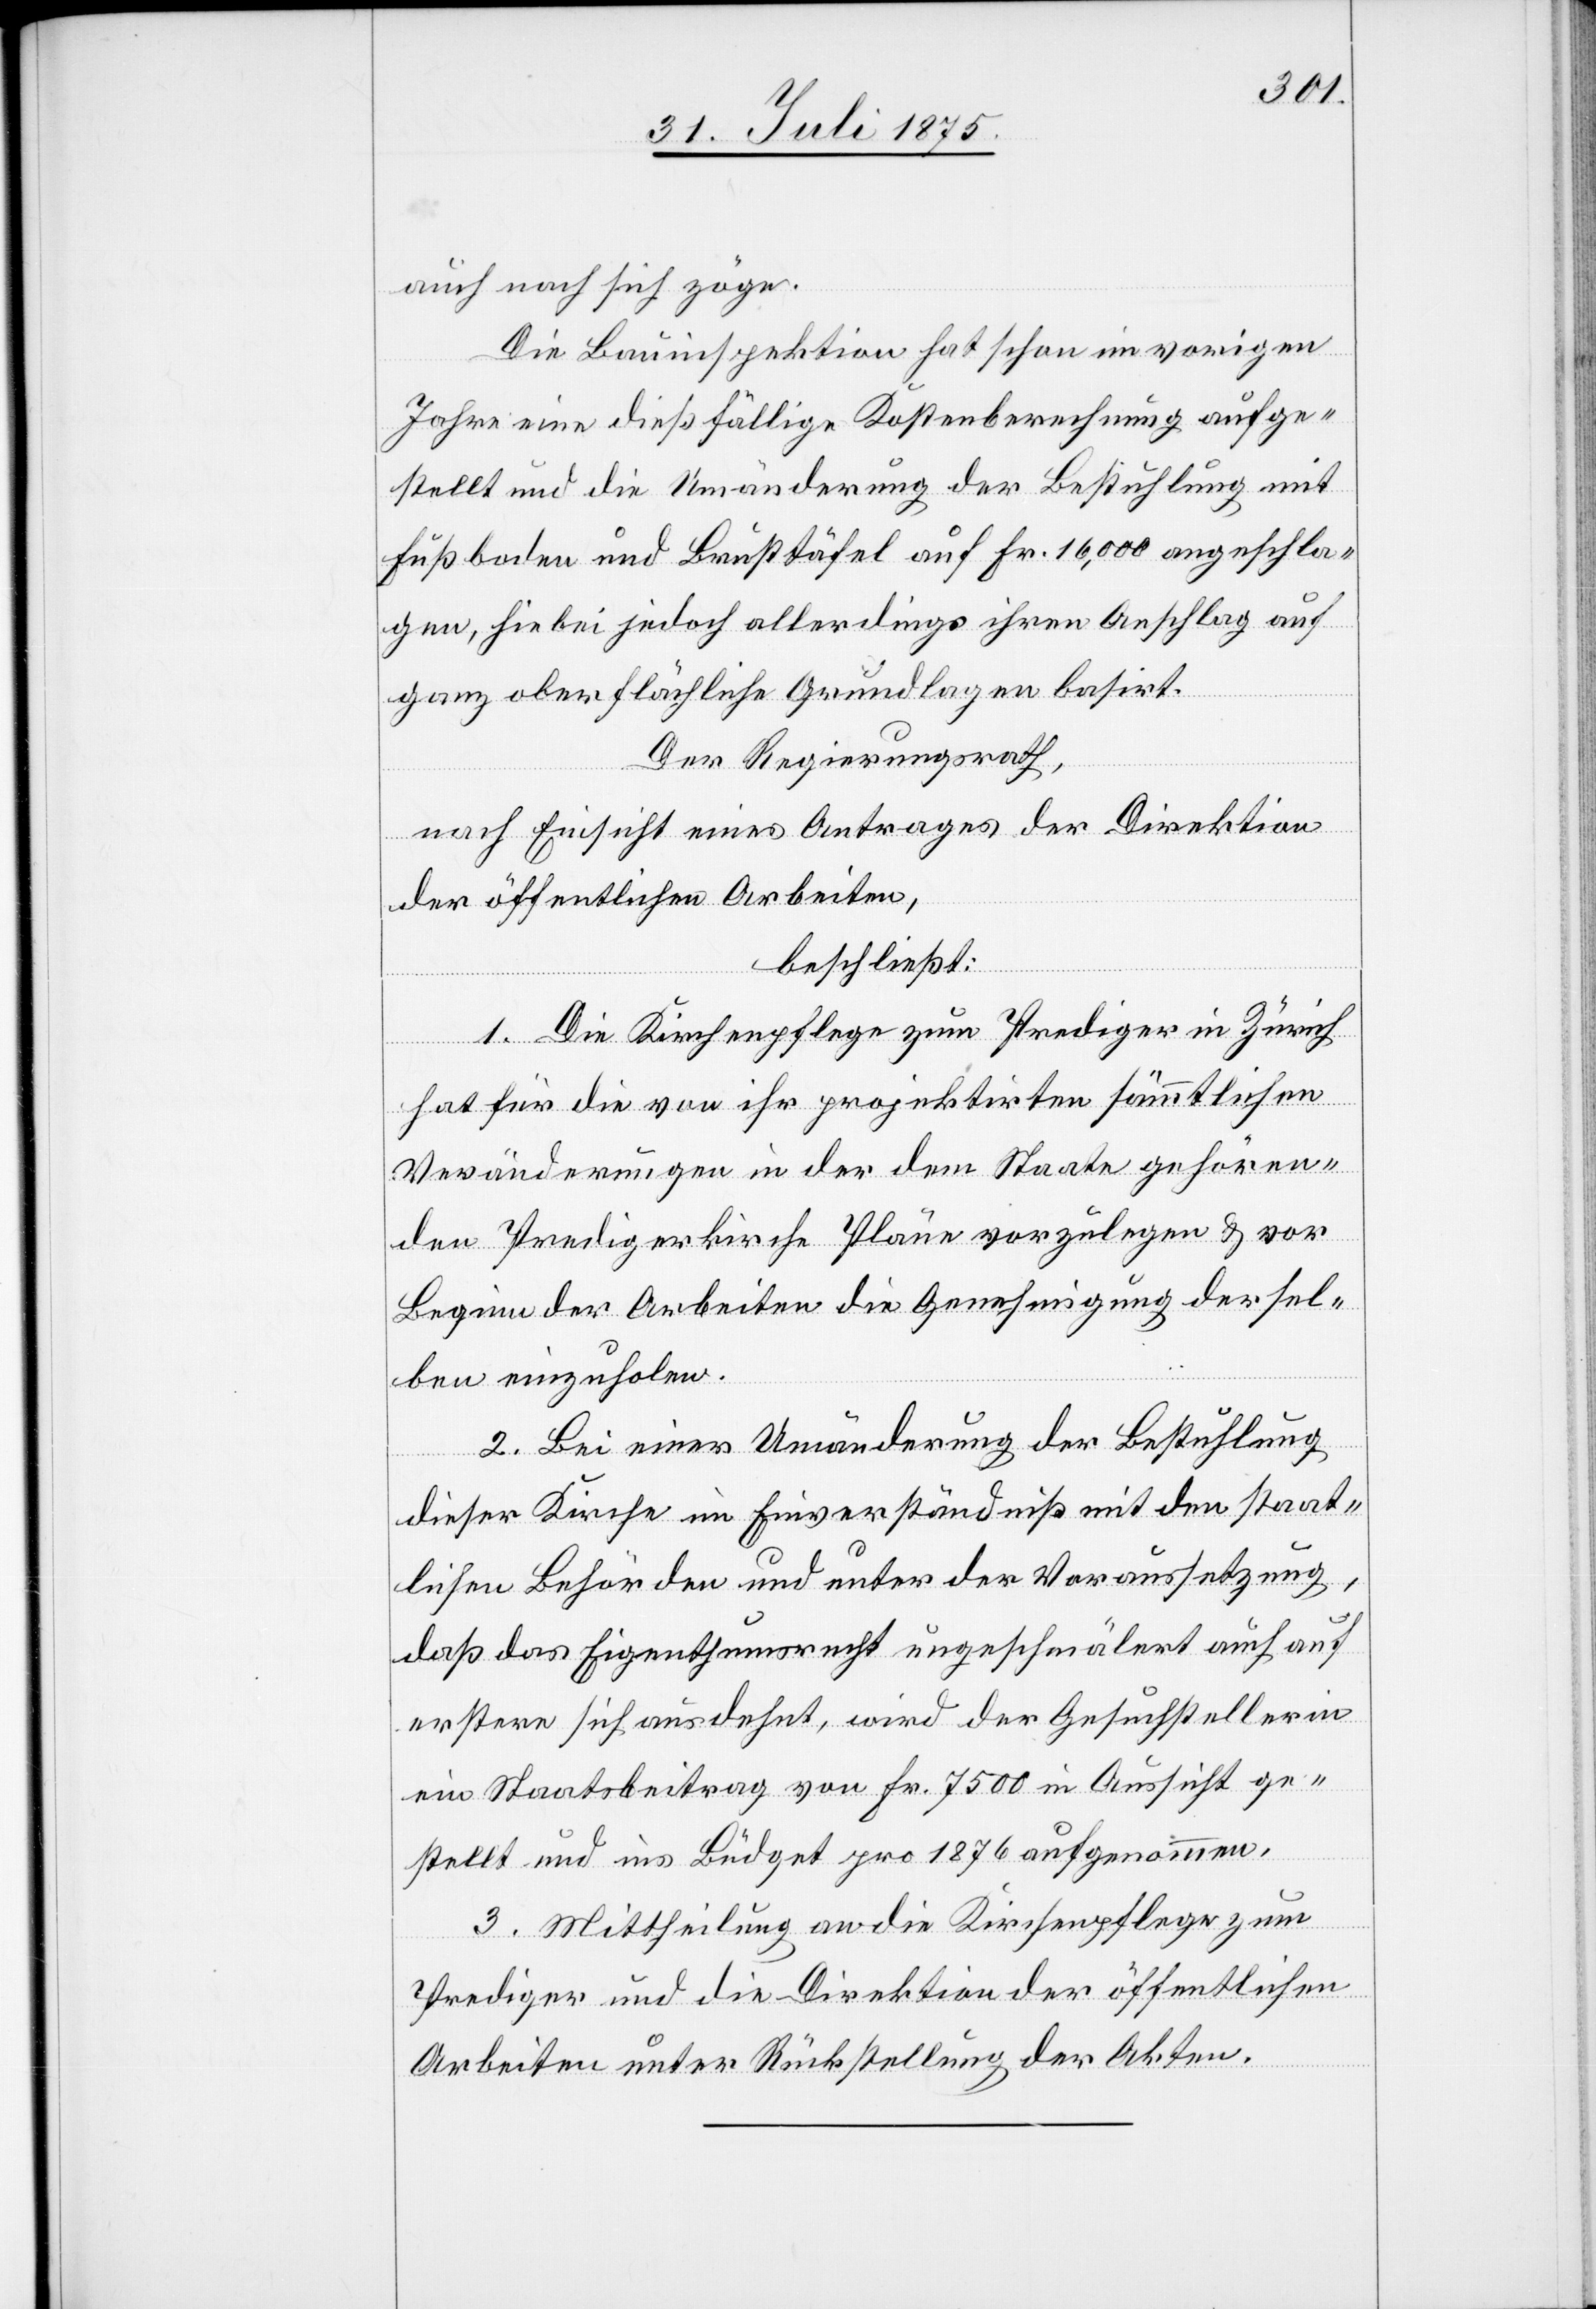
auch nach sich zöge.
Die Bauinspektion hat schon im vorigen
Jahre eine dießfällige Kostenberechnung aufge¬
stellt und die Umänderung der Bestuhlung mit
Fußboden und Brusttäfel auf Fr. 16,000 abgeschla¬
gen, hiebei jedoch allerdings ihren Anschlag auf
ganz oberflächliche Grundlagen basirt.
Der Regierungsrath,
nach Einsicht eines Antrages der Direktion
der öffentlichen Arbeiten,
beschließt:
1. Die Kirchenpflege zum Prediger in Zürich
hat für die von ihr projektirten sämmtlichen
Veränderungen in der dem Staate gehören¬
den Predigerkirche Pläne vorzulegen & vor
Beginn der Arbeiten die Genehmigung dersel¬
ben einzuholen.
2. Bei einer Umänderung der Bestuhlung
dieser Kirche um Einverständniß mit den staat¬
lichen Behörden und unter der Voraussetzung,
daß das Eigenthumsrecht ungeschmälert auch auf
erstere sich ausdehnt, wird der Gesuchstellerin
ein Staatsbeitrag von Fr. 7500 in Aussicht ge¬
stellt und ins Büdget pro 1876 aufgenommen.
3. Mittheilung an die Kirchenpflege zum
Prediger und die Direktion der öffentlichen
Arbeiten unter Rückstellung der Akten.